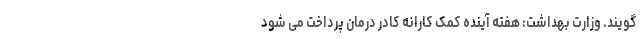
گویند. وزارت بهداشت: هفته آینده کمک کارانه کادر درمان پرداخت می شود